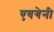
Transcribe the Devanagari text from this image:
एवगेनी